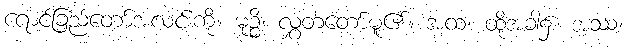
ရောင်ခြည်တော်အလင်းကို။ မုဉ္စိ၊ လွှတ်တော်မူ၏။ အထ၊ ထိုအခါ၌။ အဿ၊